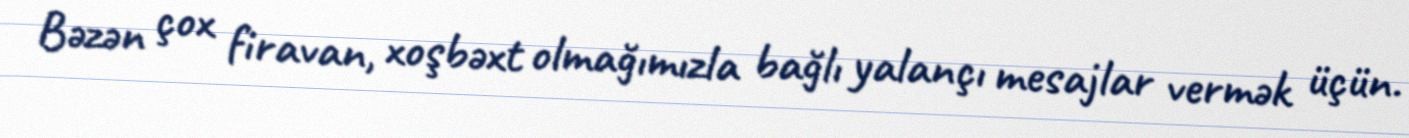
Bəzən çox firavan, xoşbəxt olmağımızla bağlı yalançı mesajlar vermək üçün.